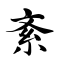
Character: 紊